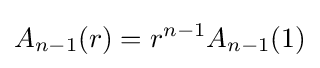
A_{n-1}(r)=r^{n-1}A_{n-1}(1)